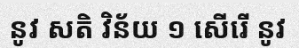
នូវ សតិ វិន័យ ១ សើរើ នូវ